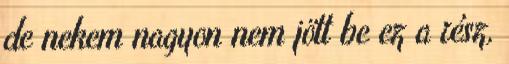
de nekem nagyon nem jött be ez a rész,